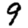
Digit: 9